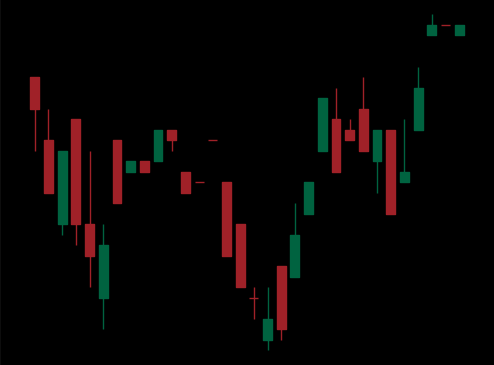
Pattern: inverse_head_shoulders